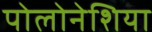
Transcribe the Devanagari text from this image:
पोलोनेशिया